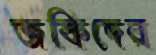
জকিদের